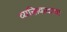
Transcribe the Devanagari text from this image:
व्यक्तिवादाचा